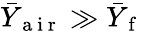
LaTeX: \bar{Y}_{\mathrm{~a~i~r~}}\gg\bar{Y}_{\mathrm{~f~}}